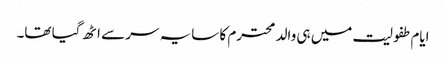
ایام طفولیت میں ہی والد محترم کا سایہ سر سے اٹھ گیا تھا۔